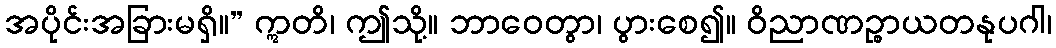
အပိုင်းအခြားမရှိ။” ဣတိ၊ ဤသို့။ ဘာဝေတွာ၊ ပွားစေ၍။ ဝိညာဏဉ္စာယတနုပဂါ၊